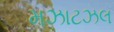
મઝાટઝલ